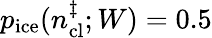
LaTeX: p_{\mathrm{ice}}(n_{\mathrm{cl}}^{\ddagger};W)=0.5